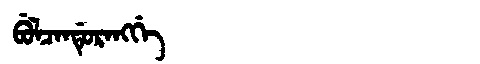
Manchu: ᠪᡠᠯᠴᠠᠨᡩᡠᡵᠠᠩᡤᡝ
Romanization: BULCANDURANGGE